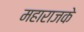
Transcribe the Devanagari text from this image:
महाराजके